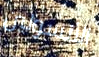
الأنسولين